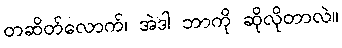
တဆိတ်လောက်၊ အဲဒါ ဘာကို ဆိုလိုတာလဲ။